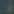
.